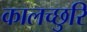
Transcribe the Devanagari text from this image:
कालच्छुरि